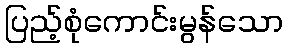
ပြည့်စုံကောင်းမွန်သော